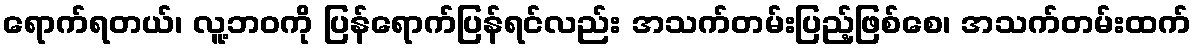
ရောက်ရတယ်၊ လူ့ဘဝကို ပြန်ရောက်ပြန်ရင်လည်း အသက်တမ်းပြည့်ဖြစ်စေ၊ အသက်တမ်းထက်